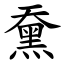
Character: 䵡